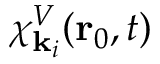
{ \chi } _ { \mathbf { k } _ { i } } ^ { V } ( \mathbf { r } _ { 0 } , t )